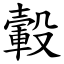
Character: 轂